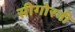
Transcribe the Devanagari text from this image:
सीगोरनी